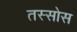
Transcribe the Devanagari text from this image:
तस्सोस